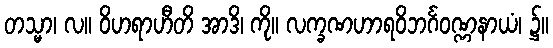
တသ္မာ၊ လ။ ဝိဟရာဟီတိ အာဒိ၊ ကို။ လက္ခဏဟာရဝိဘင်္ဂဝဏ္ဏနာယံ၊ ၌။